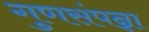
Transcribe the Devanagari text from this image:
गुणसंपन्ना